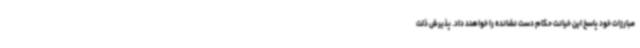
مبارزات خود پاسخ این خیانت حکام دست نشانده را خواهند داد. پذیرش ذلت